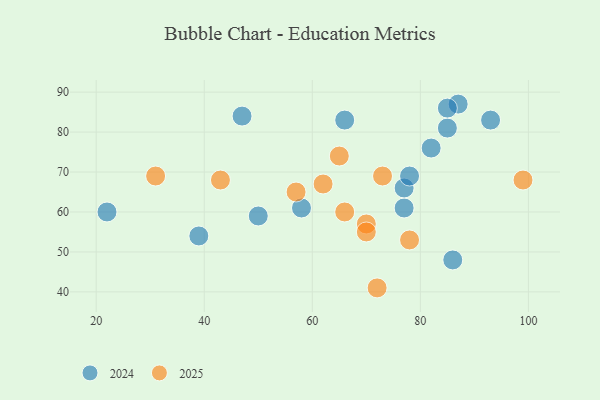
{"axis": {"x": "GDP", "y": "Life Expectancy"}, "legend": ["2024", "2025"], "data": [{"x": "82", "y": 76, "type": "2024"}, {"x": "66", "y": 83, "type": "2024"}, {"x": "58", "y": 61, "type": "2024"}, {"x": "87", "y": 87, "type": "2024"}, {"x": "39", "y": 54, "type": "2024"}, {"x": "77", "y": 61, "type": "2024"}, {"x": "77", "y": 66, "type": "2024"}, {"x": "50", "y": 59, "type": "2024"}, {"x": "93", "y": 83, "type": "2024"}, {"x": "86", "y": 48, "type": "2024"}, {"x": "85", "y": 81, "type": "2024"}, {"x": "78", "y": 69, "type": "2024"}, {"x": "47", "y": 84, "type": "2024"}, {"x": "22", "y": 60, "type": "2024"}, {"x": "85", "y": 86, "type": "2024"}, {"x": "99", "y": 68, "type": "2025"}, {"x": "66", "y": 60, "type": "2025"}, {"x": "78", "y": 53, "type": "2025"}, {"x": "43", "y": 68, "type": "2025"}, {"x": "73", "y": 69, "type": "2025"}, {"x": "70", "y": 57, "type": "2025"}, {"x": "65", "y": 74, "type": "2025"}, {"x": "62", "y": 67, "type": "2025"}, {"x": "72", "y": 41, "type": "2025"}, {"x": "57", "y": 65, "type": "2025"}, {"x": "70", "y": 55, "type": "2025"}, {"x": "31", "y": 69, "type": "2025"}]}